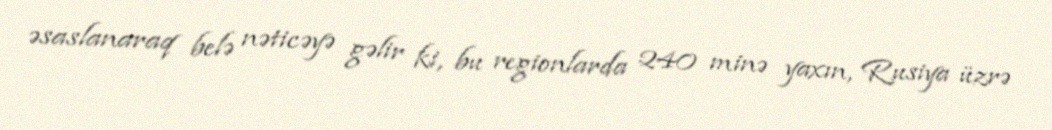
əsaslanaraq belə nəticəyə gəlir ki, bu regionlarda 240 minə yaxın, Rusiya üzrə